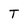
Character: T